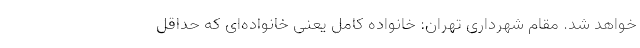
خواهد شد. مقام شهرداری تهران: خانواده کامل یعنی خانواده‌ای که حداقل